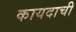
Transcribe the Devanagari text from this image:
कायदाची